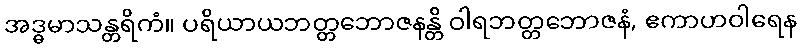
အဒ္ဓမာသန္တရိကံ။ ပရိယာယဘတ္တဘောဇနန္တိ ဝါရဘတ္တဘောဇနံ, ဧကာဟဝါရေန